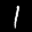
Label: 1